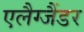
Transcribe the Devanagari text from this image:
एलैग्जैंडर